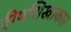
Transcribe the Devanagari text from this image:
दीपशिखाकार